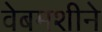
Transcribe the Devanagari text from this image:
वेबमशीने